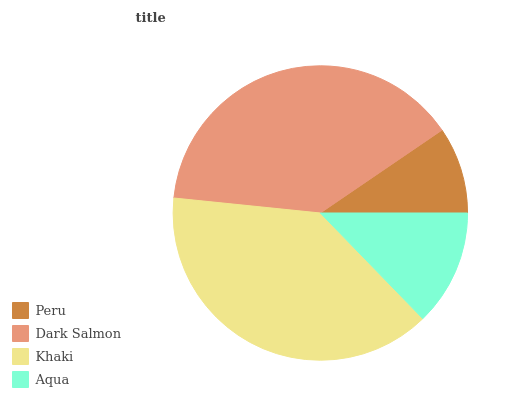
| Peru | Dark Salmon | Khaki | Aqua |
 | --- | --- | --- | --- |
 | 9.52% | 38.9% | 38.9% | 12.8% |